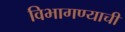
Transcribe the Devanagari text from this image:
विभागण्याची